Report on vaccination proceedings throughout the Government of Bengal -
Year: 1868
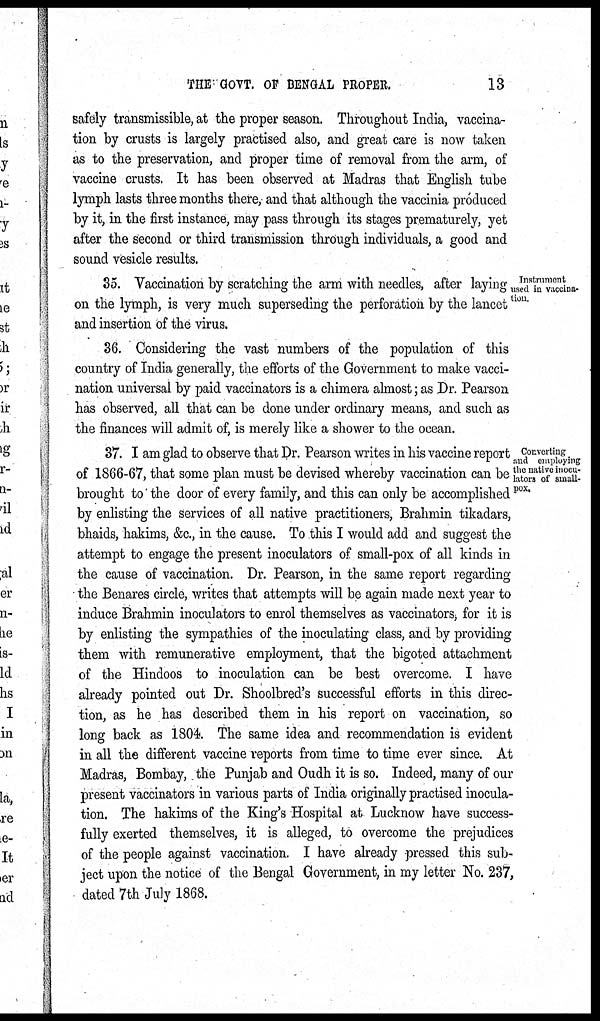
THE GOVT. OF BENGAL PROPER.
13
safely transmissible, at the proper season. Throughout India, vaccina-
tion by crusts is largely practised also, and great care is now taken
as to the preservation, and proper time of removal from the arm, of
vaccine crusts. It has been observed at Madras that English tube
lymph lasts three months there, and that although the vaccinia produced
by it, in the first instance, may pass through its stages prematurely, yet
after the second or third transmission through individuals, a good and
sound vesicle results.
Instrument
used in vaccina¬
tion.
35. Vaccination by scratching the arm with needles, after laying
on the lymph, is very much superseding the perforation by the lancct
and insertion of the virus.
36. Considering the vast numbers of the population of this
country of India generally, the efforts of the Government to make vacci-
nation universal by paid vaccinators is a chimera almost; as Dr. Pearson
has observed, all that can be done under ordinary means, and such as
the finances will admit of, is merely like a shower to the ocean.
Converting
and employing
the native inocu¬
lators of small-
pox.
37. I am glad to observe that Dr. Pearson writes in his vaccine report
of 1866-67, that some plan must be devised whereby vaccination can be
brought to' the door of every family, and this can only be accomplished
by enlisting the services of all native practitioners, Brahmin tikadars,
bhaids, hakims, &c., in the cause. To this I would add and suggest the
attempt to engage the present inoculators of small-pox of all kinds in
the cause of vaccination. Dr. Pearson, in the same report regarding
the Benares circle, writes that attempts will be again made next year to
induce Brahmin inoculators to enrol themselves as vaccinators, for it is
by enlisting the sympathies of the inoculating class, and by providing
them with remunerative employment, that the bigoted attachment
of the Hindoos to inoculation can be best overcome. I have
already pointed out Dr. Shoolbred's successful efforts in this direc-
tion, as he has described them in his report on vaccination, so
long back as 1804. The same idea and recommendation is evident
in all the different vaccine reports from time to time ever since. At
Madras, Bombay, the Punjab and Oudh it is so. Indeed, many of our
present vaccinators in various parts of India originally practised inocula-
tion. The hakims of the King's Hospital at Lucknow have success-
fully exerted themselves, it is alleged, to overcome the prejudices
of the people against vaccination. I have already pressed this sub-
ject upon the notice of the Bengal Government, in my letter No. 237,
dated 7th July 1868.